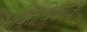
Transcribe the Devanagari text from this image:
भक्तिविषयक